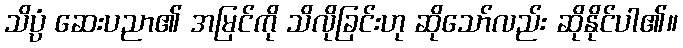
သိပ္ပံ ဆေးပညာ၏ အမြင်ကို သိလိုခြင်းဟု ဆိုသော်လည်း ဆိုနိုင်ပါ၏။